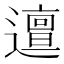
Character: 邅